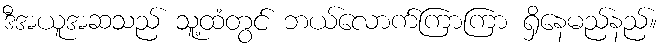
ဒီအယူအဆသည် သူ့ထံတွင် ဘယ်လောက်ကြာကြာ ရှိနေမည်နည်။